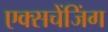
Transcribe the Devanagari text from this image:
एक्सचेंजिंग